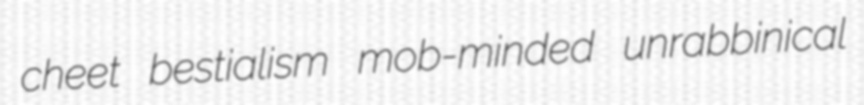
cheet bestialism mob-minded unrabbinical